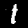
Label: 1